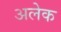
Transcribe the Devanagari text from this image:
अलेक